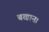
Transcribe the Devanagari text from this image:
बखान।